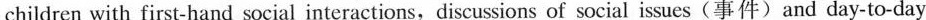
children with first-hand social interactions, discussions of social issues(事件)and day-to-day